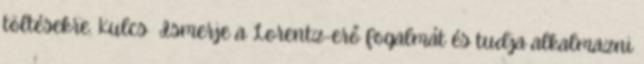
töltésekre. Kulcs Ismerje a Lorentz-erő fogalmát és tudja alkalmazni